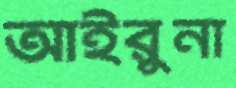
আইরুনা